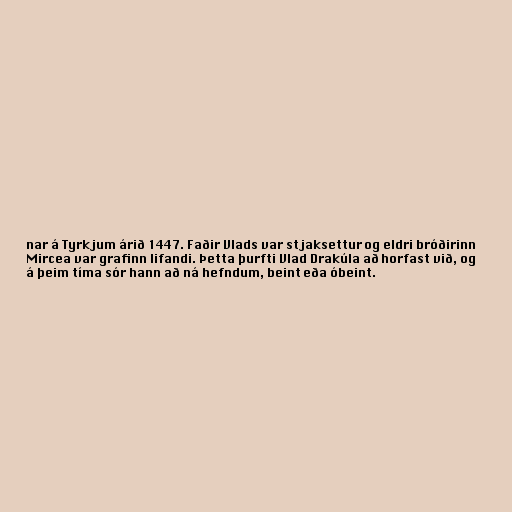
nar á Tyrkjum árið 1447. Faðir Vlads var stjaksettur og eldri bróðirinn
Mircea var grafinn lifandi. Þetta þurfti Vlad Drakúla að horfast við, og
á þeim tíma sór hann að ná hefndum, beint eða óbeint.